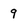
Character: 9